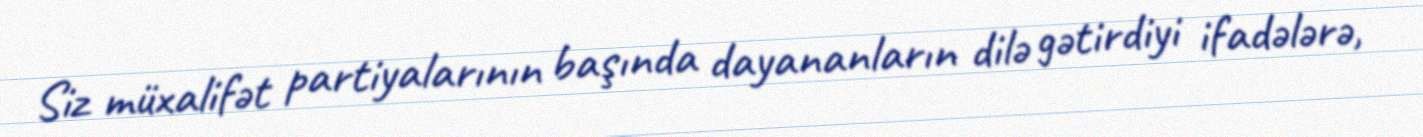
Siz müxalifət partiyalarının başında dayananların dilə gətirdiyi ifadələrə,